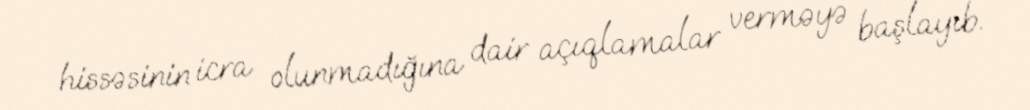
hissəsinin icra olunmadığına dair açıqlamalar verməyə başlayıb.